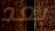
بعد